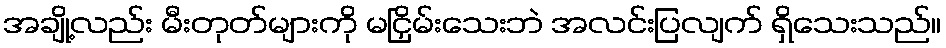
အချို့လည်း မီးတုတ်များကို မငြှိမ်းသေးဘဲ အလင်းပြလျက် ရှိသေးသည်။